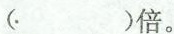
（）倍。